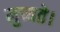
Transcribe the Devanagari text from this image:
मुच्यते।